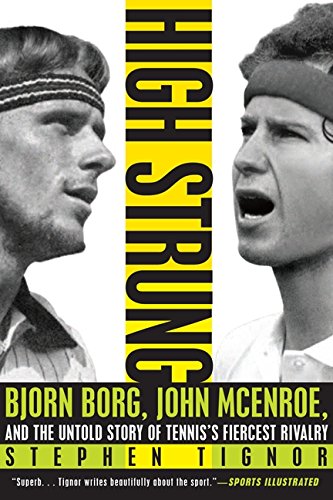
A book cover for High Strung: Bjorn Borg, John McEnroe, and the Untold Story of Tennis's Fiercest Rivalry; Stephen Tignor; Sports & Outdoors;